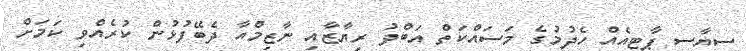
ސިޔާސީ ޕާޓީއެއް ހެދުމުގެ މަސައްކަތް އަބްދު ރިޔާޒާއި ނާޒިމްއާ ދެބޭފުޅުން ކުރެއްވި ކަމަށް